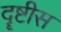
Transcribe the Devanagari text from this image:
दॄष्टीस